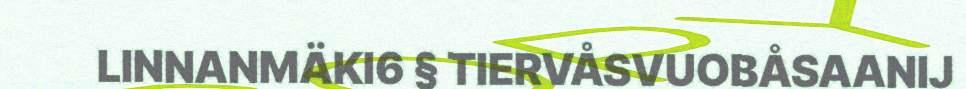
LINNANMÄKI6 § TIERVÅSVUOBÅSAANIJ